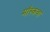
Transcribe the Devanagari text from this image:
मॉस्कवा